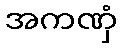
အကဏှံ